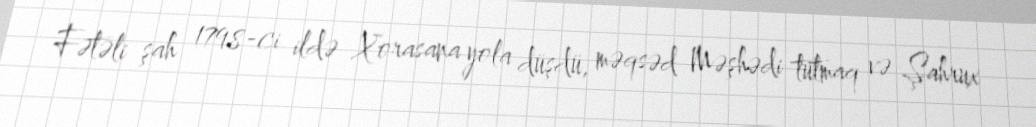
Fətəli şah 1798-ci ildə Xorasana yola düşdü, məqsəd Məşhədi tutmaq və Şahrux